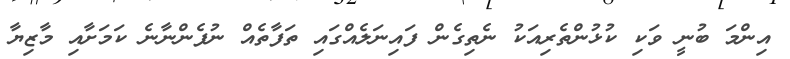
އިންމަ ބުނީ ވަކި ކުޅުންތެރިއަކު ނެތިގެން ފައިނަލެއްގައި ތަފާތެއް ނުފެންނާނެ ކަމަށާއި މާޒިޔާ